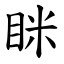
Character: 眯